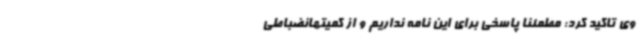
وی تاکید کرد: مطمئنا پاسخی برای این نامه نداریم و از کمیتهانضباطی